Calcutta medical institutions reports 1892-1900
Year: 1892
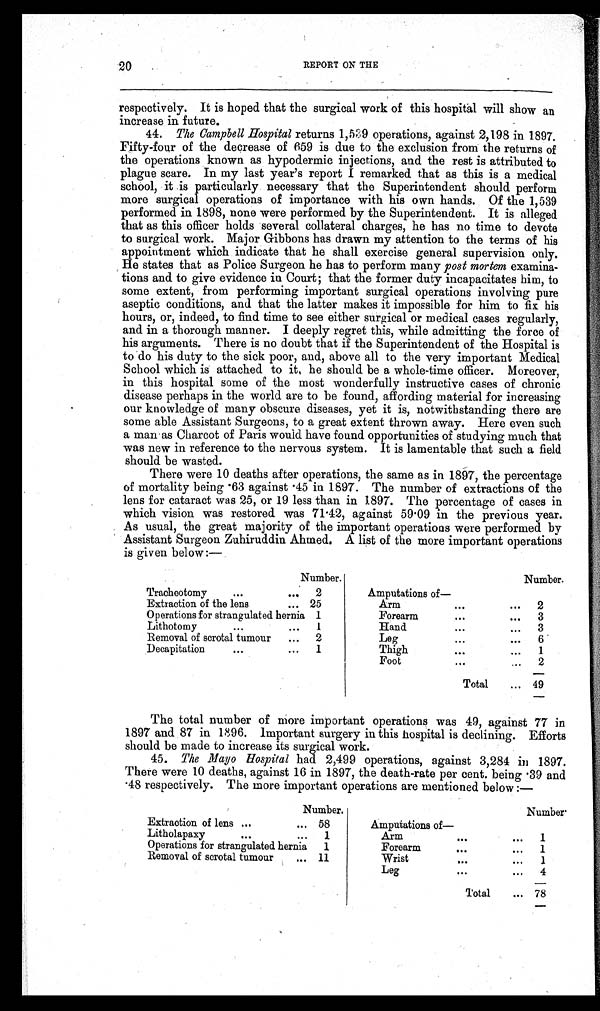
20
REPORT ON THE
respectively. It is hoped that the surgical work of this hospital will show an
increase in future.
44. The Campbell Hospital returns 1,539 operations, against 2,198 in 1897.
Fifty-four of the decrease of 659 is due to the exclusion from the returns of
the operations known as hypodermic injections, and the rest is attributed to
plague scare. In my last year's report I remarked that as this is a medical
school, it is particularly necessary that the Superintendent should perform
more surgical operations of importance with his own hands. Of the 1,539
performed in 1898, none were performed by the Superintendent. It is alleged
that as this officer holds several collateral charges, he has no time to devote
to surgical work. Major Gibbons has drawn my attention to the terms of his
appointment which indicate that he shall exercise general supervision only.
He states that as Police Surgeon he has to perform many post mortem examina-
tions and to give evidence in Court; that the former duty incapacitates him, to
some extent, from performing important surgical operations involving pure
aseptic conditions, and that the latter makes it impossible for him to fix his
hours, or, indeed, to find time to see either surgical or medical cases regularly,
and in a thorough manner. I deeply regret this, while admitting the force of
his arguments. There is no doubt that if the Superintendent of the Hospital is
to do his duty to the sick poor, and, above all to the very important Medical
School which is attached to it, he should be a whole-time officer. Moreover,
in this hospital some of the most wonderfully instructive cases of chronic
disease perhaps in the world are to be found, affording material for increasing
our knowledge of many obscure diseases, yet it is, notwithstanding there are
some able Assistant Surgeons, to a great extent thrown away. Here even such
a man as Charcot of Paris would have found opportunities of studying much that
was new in reference to the nervous system. It is lamentable that such a field
should be wasted.
There were 10 deaths after operations, the same as in 1897, the percentage
of mortality being .63 against .45 in 1897. The number of extractions of the
lens for cataract was 25, or 19 less than in 1897. The percentage of cases in
which vision was restored was 71.42, against 59.09 in the previous year.
As usual, the great majority of the important operations were performed by
Assistant Surgeon Zuhiruddin Ahmed. A list of the more important operations
is given below:—
Number.
Number.
Tracheotomy
. . .
. . .
2
Amputations of
Extraction of the lens
. . . 25
Arm
. . .
. . .
2
Operations for strangulated hernia 1
Forearm
. . .
. . .
3
Lithotomy
. . .
. . . 1
Hand
...
...
3
Removal of scrotal tumour
. . . 2
Leg
. . .
. . .
6
Decapitation
. . .
. . .
1
Thigh
. . .
...
1
Foot
...
...
2
Total
... 49
The total number of more important operations was 49, against 77 in
1897 and 87 in 1896. Important surgery in this hospital is declining. Efforts
should be made to increase its surgical work.
45. The Mayo Hospital had 2,499 operations, against 3,284 in 1897.
There were 10 deaths, against 16 in 1897, the death-rate per cent. being .39 and
. 4 8 r e s p e c t i v e l y . T h e m o r e i m p o r t a n t o p e r a t i o n s a r e m e n t i o n e d b e l o w : —
Number.
Number
Extraction of lens ...
... 58
Amputations of —
Litholapaxy
...
...
1
Arm
...
...
1
Operations for strangulated hernia
1
Forearm
...
...
1
Removal of scrotal tumour
. . . 11
Wrist
...
...
1
Leg
...
. . .
4
Total
... 78